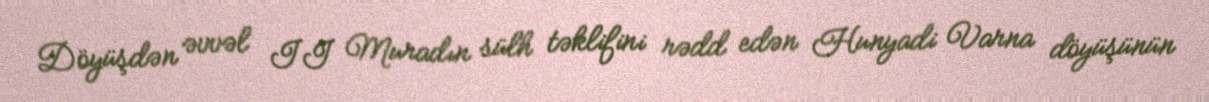
Döyüşdən əvvəl II Muradın sülh təklifini rədd edən Hunyadi Varna döyüşünün